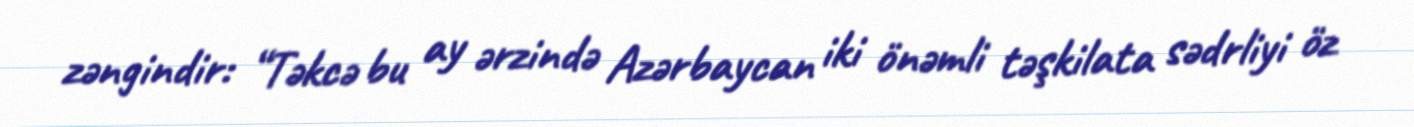
zəngindir: “Təkcə bu ay ərzində Azərbaycan iki önəmli təşkilata sədrliyi öz